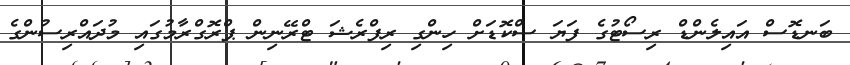
ބަނޑޮސް އައިލެންޑް ރިސޯޓުގެ ފަޔަ ސްކޮޑަށް ހިންގި ރިފްރެޝަ ޓްރޭނިން ޕްރޮގްރާމުގައި މުދައްރިސުންގެ